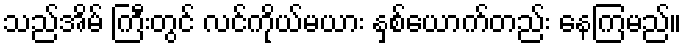
သည်အိမ် ကြီးတွင် လင်ကိုယ်မယား နှစ်ယောက်တည်း နေကြမည်။